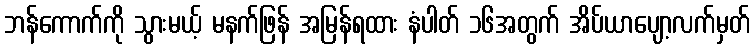
ဘန်ကောက်ကို သွားမယ့် မနက်ဖြန် အမြန်ရထား နံပါတ် ၁၆အတွက် အိပ်ယာပျော့လက်မှတ်